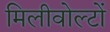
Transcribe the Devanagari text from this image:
मिलीवोल्टों